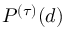
P ^ { ( \tau ) } ( d )